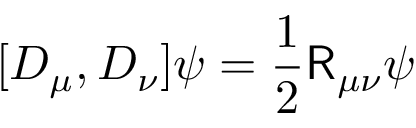
[ D _ { \mu } , D _ { \nu } ] \psi = { \frac { 1 } { 2 } } { \mathsf { R } } _ { \mu \nu } \psi